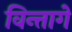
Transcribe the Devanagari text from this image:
विन्तागे